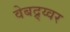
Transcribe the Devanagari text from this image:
वेबद्र्य्वर